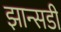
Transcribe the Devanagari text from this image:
झान्सडी